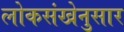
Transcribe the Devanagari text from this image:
लोकसंखेनुसार